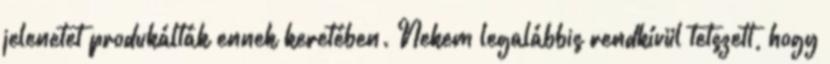
jelenetet produkálták ennek keretében. Nekem legalábbis rendkívül tetszett, hogy